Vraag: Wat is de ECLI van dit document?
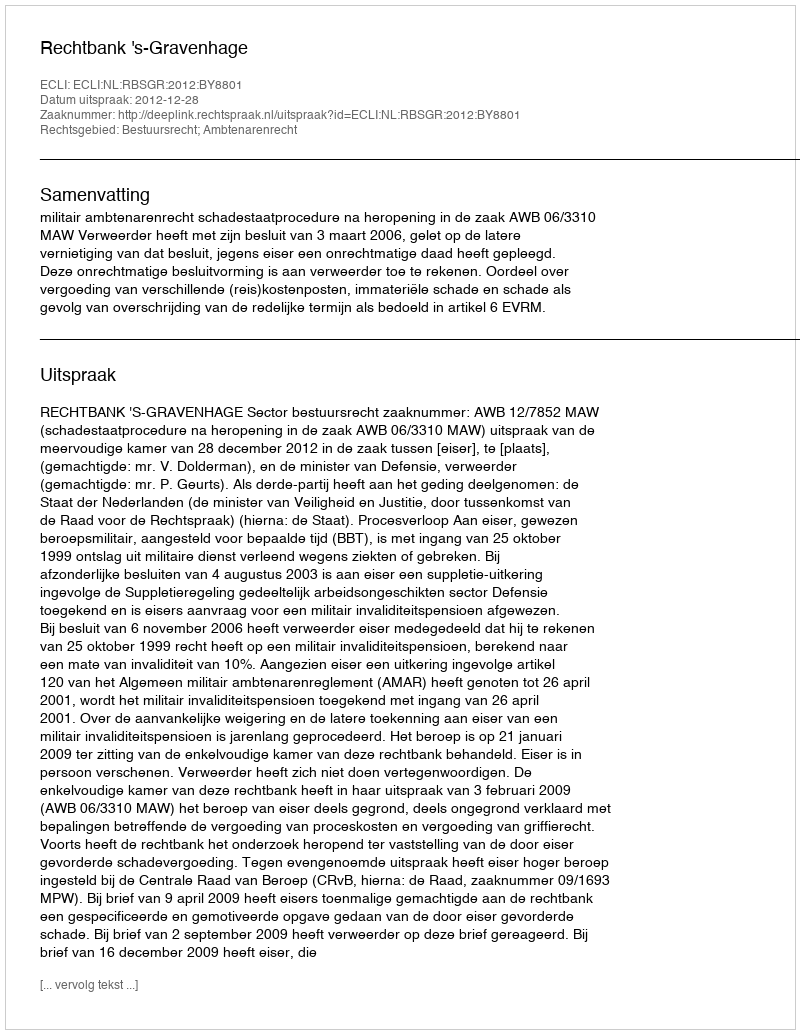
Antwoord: ECLI:NL:RBSGR:2012:BY8801